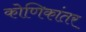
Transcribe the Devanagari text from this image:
कोणिकांतर